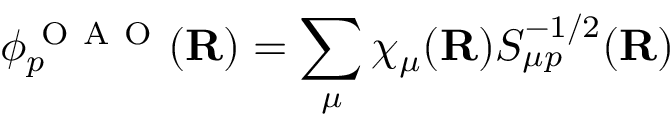
\phi _ { p } ^ { \mathrm { ~ O ~ A ~ O ~ } } ( { \mathbf { R } } ) = \sum _ { \mu } \chi _ { \mu } ( { \mathbf { R } } ) S _ { \mu p } ^ { - 1 / 2 } ( { \mathbf { R } } )